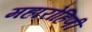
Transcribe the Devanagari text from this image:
महारोहिणी